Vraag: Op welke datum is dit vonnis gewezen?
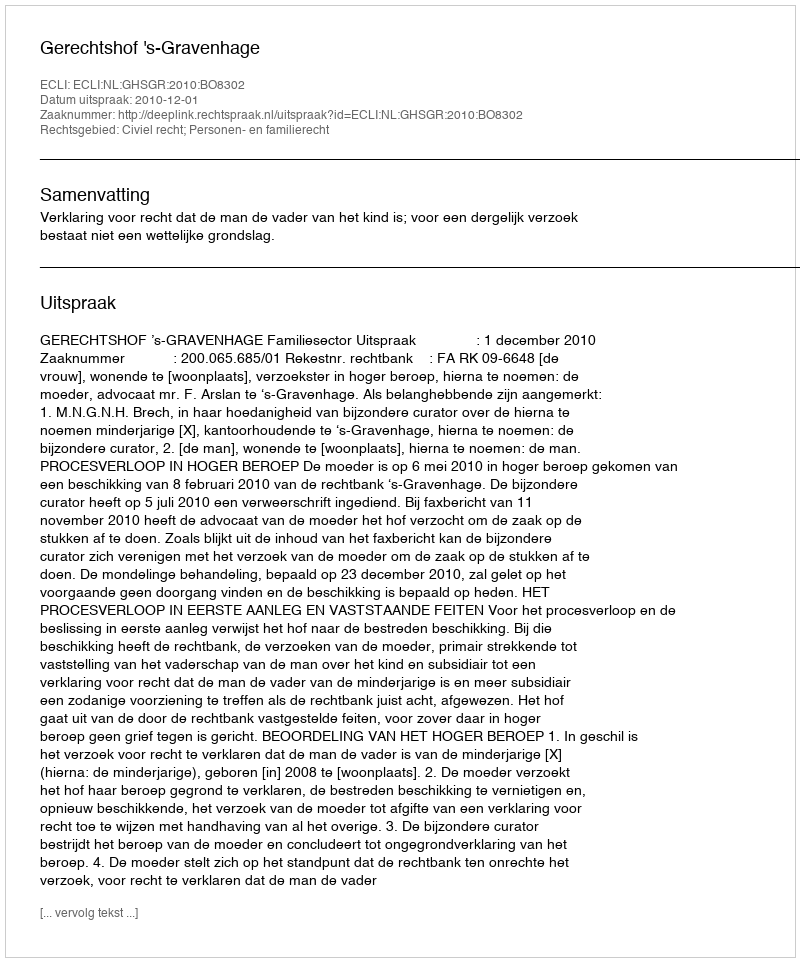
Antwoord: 2010-12-01